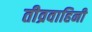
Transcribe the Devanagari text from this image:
तीव्रवाहिनी